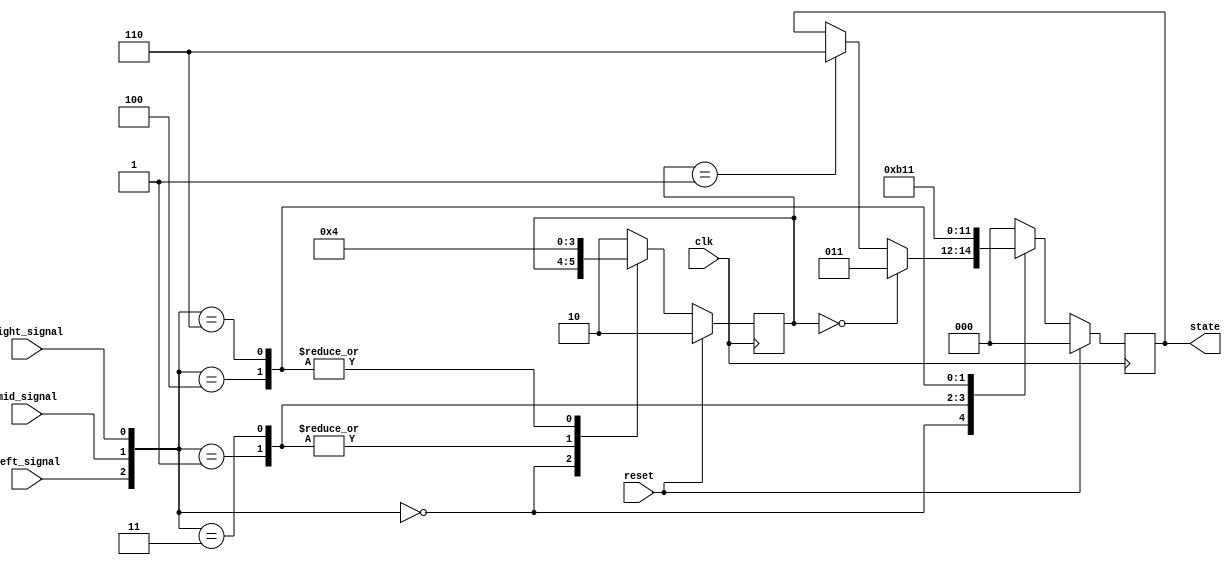
`timescale 1ns/1ps
module tracker_sensor(clk, reset, left_signal, right_signal, mid_signal, state);
    input clk;
    input reset;
    input left_signal, right_signal, mid_signal;
    output reg [2:0] state;

    // [TO-DO] Receive three signals and make your own policy.
    // Hint: You can use output state to change your action.

    //reg pre_left, pre_right, pre_mid;

    parameter go_straight = 3'd0;
    parameter turn_left = 3'd1;
    parameter turn_strong_left = 3'd2;
    parameter turn_peak_left = 3'd3;
    parameter turn_right = 3'd4;
    parameter turn_strong_right = 3'd5;
    parameter turn_peak_right = 3'd6;
    parameter stop = 3'd7;
    
    parameter left = 2'd0;
    parameter right = 2'd1;
    parameter straight = 2'd2;

    reg [2:0] next_state;
    reg [1:0] direction, next_direction;

    always @(posedge clk) begin
        if(reset == 1'b1) begin
            state <= go_straight;
            direction <= straight;
        end
        else begin
            state <= next_state;
            direction <= next_direction;
        end
    end

    always @(*) begin
        case({left_signal, mid_signal, right_signal})
            3'b000: begin
                next_direction = direction;
                if(direction == left)
                    next_state = turn_peak_left;
                else if(direction == right)
                    next_state = turn_peak_right;
                else
                    next_state = state;
            end
            3'b001: begin
                next_state = turn_strong_right;
                next_direction = right;
            end
            3'b011: begin
                next_state = turn_right;
                next_direction = right;
            end
            3'b100: begin
                next_state = turn_strong_left;
                next_direction = left;
            end
            3'b110: begin
                next_state = turn_left;
                next_direction = left;
            end
            default: begin
               next_state = go_straight; 
               next_direction = straight;
            end
        endcase
    end


endmodule